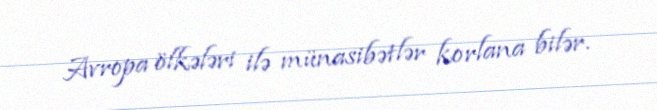
Avropa ölkələri ilə münasibətlər korlana bilər.